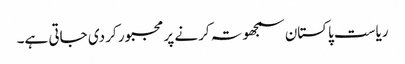
ریاست پاکستان سمجھوتہ کرنے پر مجبور کر دی جاتی ہے۔